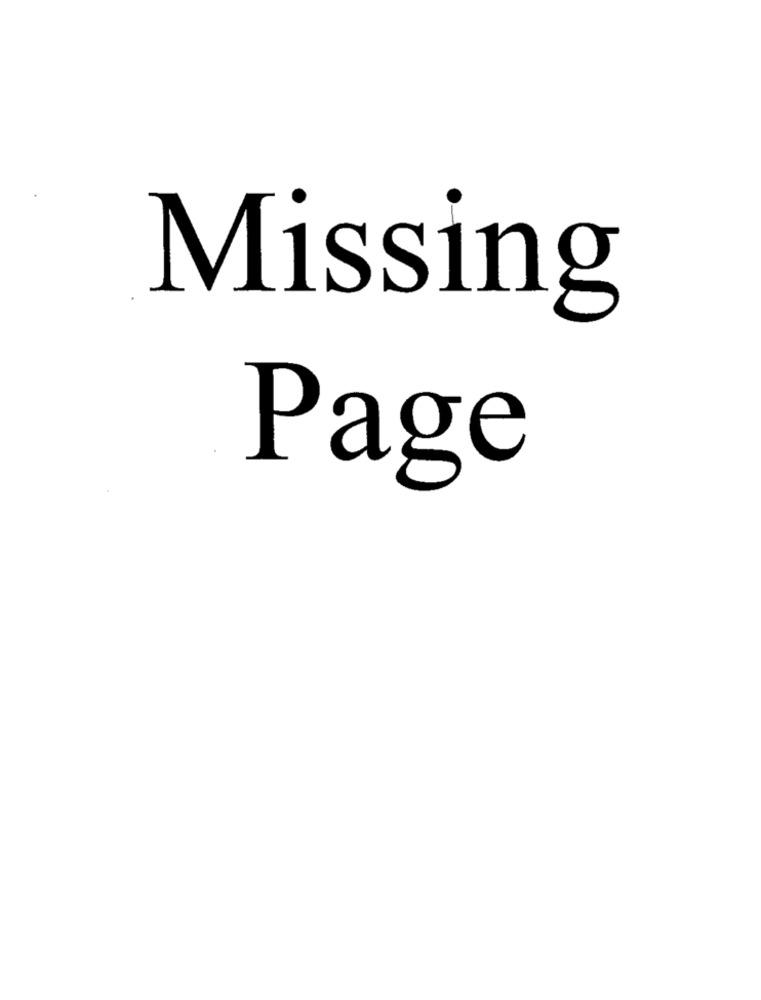
Missing
Page